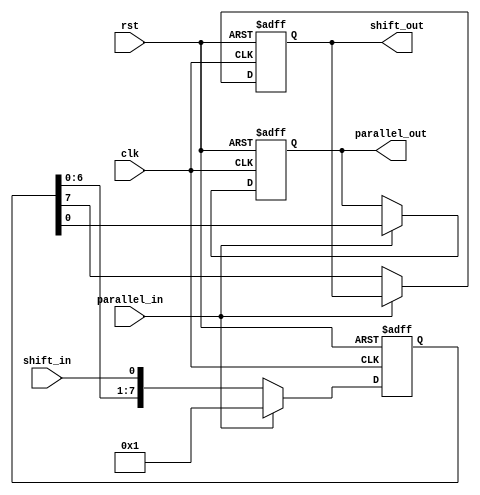
module PIPO_shift_register(
    input wire clk,            // Clock input
    input wire rst,            // Reset input
    input wire parallel_in,    // Parallel input data
    input wire shift_in,       // Shift input data
    output reg parallel_out,   // Parallel output data
    output reg shift_out       // Shift output data
);

reg [7:0] data;  // 8-bit register for data storage

always @(posedge clk or posedge rst) begin
    if (rst) begin
        data <= 8'b0;  // Reset the register
        parallel_out <= 1'b0;
        shift_out <= 1'b0;
    end else begin
        if (parallel_in) begin
            data <= parallel_in;  // Load parallel data into the register
            parallel_out <= data;  // Output parallel data
        end else begin
            data <= {data[6:0], shift_in};  // Shift in serial data
            shift_out <= data[7];  // Output shift data
        end
    end
end

endmodule